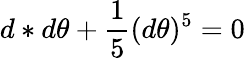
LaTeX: d*d\theta+\frac{1}{5}(d\theta)^{5}=0